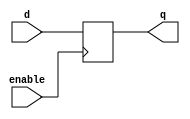
module enable_latch(
    input wire enable,
    input wire d,
    output reg q
);

always @(posedge enable) begin
    if(enable) begin
        q <= d;
    end
end

endmodule